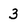
Character: 3